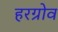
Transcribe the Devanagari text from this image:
हरग्रोव